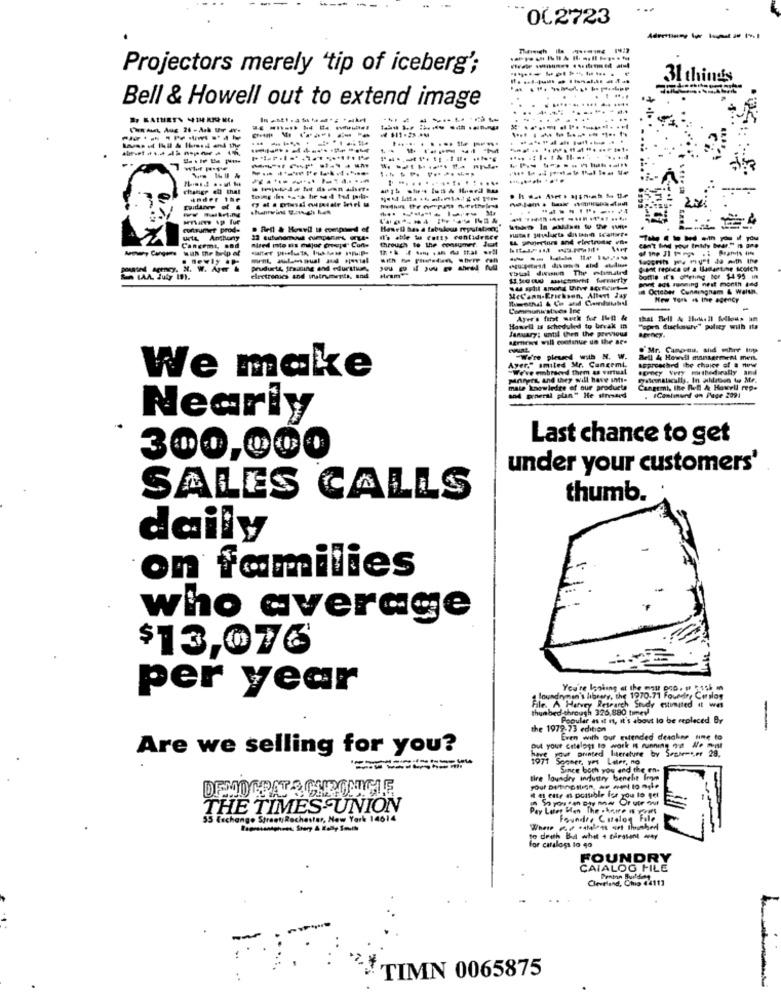
002723
Projectors merely "tip of iceberg';
31 things
Bell & Howell out to extend image
...
...
. ..
--------
-----------
------
--------
ander the
----
runtrumet prod-
. Rell & Howvil Il comprend of
uts Anthony
through to the consumer. Just
--- with the help of
Cancemt, end
---------
newly .p
-----
Prudurte training and education,
Vosal dwwwen The momatrd
electronics and wirments, and
ont a running nest month and
# October Cunningham & Walsh,
New York is the agency
Communicatves Ine
Ayer's first week for ILn &
that Bell & Huusil fellous af
January: until then the previous
Howell is scheduled to break in
"opra duckoury" policy with its
sercani will continue un the ace
. Mr. Camp-nu, and schrr Itp
Wine phued with N. W.
Approached The choice of & www
Re4 4 Howell mantermen men.
We make
"We've embrsord them as virtual
Ayer." smiled Mr. Cancemi.
porgt, and they will have anti-
mate knowledge of our products
Cangrmi, the nu-B & Howell rep.
ICantmund on Page 2091
804 prperal plan" He stressed
Nearly
Last chance to get
300,000
under your customers'
SALES CALLS
thumb.
daily
on families
who average
$13,076
per year
You're looking at the most pop, @ Risk m
foundryman's library, the 1970.71 Foundr, Conslog
File. A Harvey Research Study estimated it was
thunbed-through 326,880 times
Popular as it is, it's about lo be replaced By
the 1972-73 edition
Even with our extended desgkne ting to
Are we selling for you?
put your ceteloss to work Is running on We mit
Sommer.
your printed literature by September 29,
Since both you and the en-
tire loundry industry benelit from
DEMO CRAT & CHRONICLE
It 4 eur as possible for you to get
So you on any mw OF use our
THE TIMES UNION
Pay Later Hen The showe w
55 Erchange StreetRochester, New Yor
Founder Cualog File
to dreh Bal whit 4 prosent y
for catsloss lo qo
FOUNDRY
CAIALOG FILE
Clientiand, Chia 0411]
TIMN 0065875